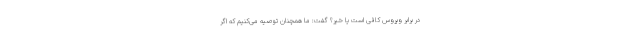
در برابر ویروس کافی است یا خیر؟ گفت: ما همچنان توصیه می‌کنیم که اگر